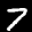
Label: 7